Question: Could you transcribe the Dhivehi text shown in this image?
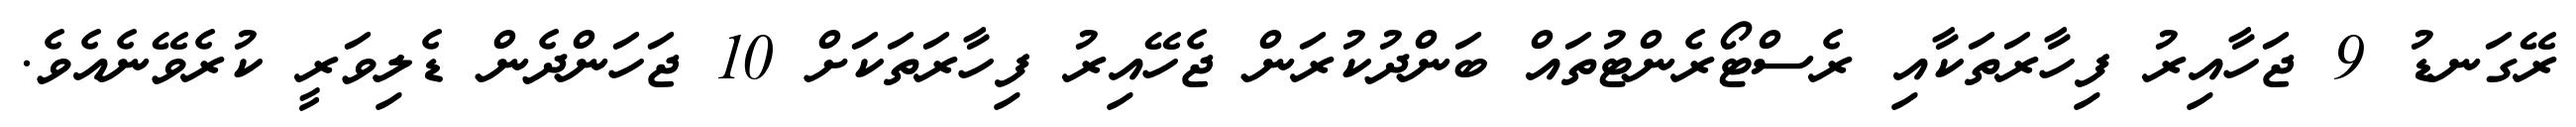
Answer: ރޭގަނޑު 9 ޖަހާއިރު ފިހާރަތަކާއި ރެސްޓޯރެންޓުތައް ބަންދުކުރަން ޖެހޭއިރު ފިހާރަތަކަށް 10 ޖަހަންދެން ޑެލިވަރީ ކުރެވޭނެއެވެ.